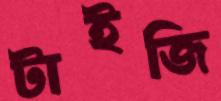
টাইজি